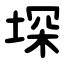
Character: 堔